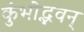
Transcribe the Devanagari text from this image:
कुंभोद्भवन्